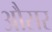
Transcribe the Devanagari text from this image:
औसर